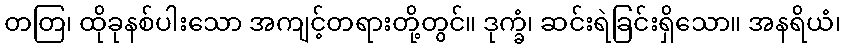
တတြ၊ ထိုခုနစ်ပါးသော အကျင့်တရားတို့တွင်။ ဒုက္ခံ၊ ဆင်းရဲခြင်းရှိသော။ အနရိယံ၊